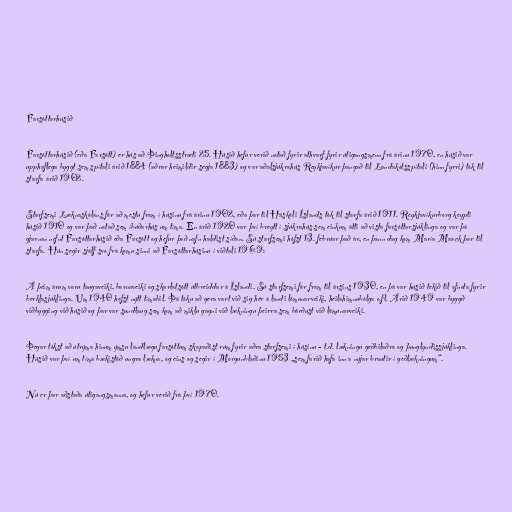
Farsóttarhúsið

Farsóttarhúsið (eða Farsótt) er hús að Þingholtsstræti 25. Húsið hefur verið notað fyrir athvarf fyrir útigangsmenn frá árinu 1970, en húsið var
upphaflega byggt sem spítali árið 1884 (aðrar heimildir segja 1883) og var aðalsjúkrahús Reykjavíkur þangað til Landakotsspítali (hinn fyrri) tók til
starfa árið 1902.

Starfsemi Læknaskólans fór að mestu fram í húsinu frá árinu 1902, eða þar til Háskóli Íslands tók til starfa árið 1911. Reykjavíkurborg keypti
húsið 1910 og var það notað sem íbúðarhús um tíma. En árið 1920 var því breytt í sjúkrahús sem einkum átti að vista farsóttarsjúklinga og var þá
gjarnan nefnt Farsóttarhúsið eða Farsótt og hefur það nafn haldist síðan. Sú starfsemi hófst 13. febrúar það ár, en þann dag kom María Maack þar til
starfa. Hún segir sjálf svo frá komu sinni að Farsóttarhúsinu í viðtali 1969:

Á þeim árum voru taugaveiki, barnaveiki og skarlatsótt útbreiddar á Íslandi. Sú starfsemi fór fram til ársins 1930, en þá var húsið tekið til afnota fyrir
berklasjúklinga. Um 1940 hefst nýtt tímabil. Þá tóku að gera vart við sig hér á landi lömunarveiki, heilahimnubólga o.fl. Árið 1949 var byggð
viðbygging við húsið og þar var sundlaug sem kom að miklu gagni við lækningu þeirra sem börðust við lömunarveiki.

Þegar tókst að útrýma hinum ýmsu landlægu farsóttum skapaðist rúm fyrir aðra starfsemi í húsinu - t.d. lækningu geðbilaðra og þunglyndissjúklinga.
Húsið var því um tíma bækistöð ungra lækna, og eins og segir í Morgunblaðinu 1953 „sem farið hafa inn a nýjar brautir í geðlækningum“.

Nú er þar aðstaða útigangsmanna, og hefur verið frá því 1970.